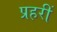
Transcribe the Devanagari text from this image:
प्रहरीं